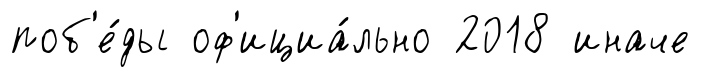
поб'е́ды оф'ициа́льно 2018 иначе